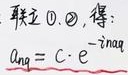
联立\textcircled{1}, \textcircled{2}，得：\(A_{nq}=C\cdot e^{-in\alpha q}\)